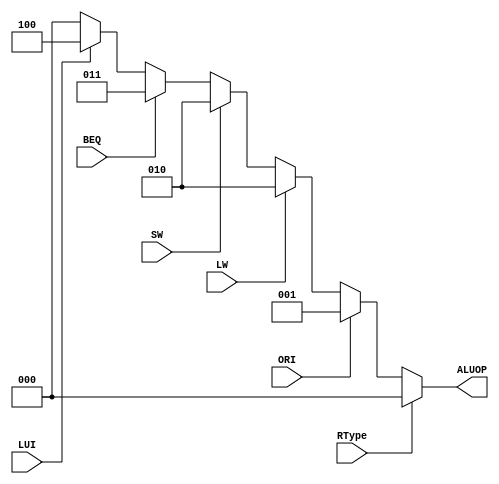
`timescale 1ns / 1ps
module ALUOPDecoder (
    input RType, ORI, LW, SW, BEQ, LUI,
    output [2:0] ALUOP
);
    reg [2:0] ALUOPReg;
    assign ALUOP = ALUOPReg;
    always @(*) begin
        if (RType) begin
            ALUOPReg = 3'b000;
        end else if (ORI) begin
            ALUOPReg = 3'b001;
        end else if (LW) begin
            ALUOPReg = 3'b010;
        end else if (SW) begin
            ALUOPReg = 3'b010;
        end else if (BEQ) begin
            ALUOPReg = 3'b011;
        end else if (LUI) begin
            ALUOPReg = 3'b100;
        end else begin
            ALUOPReg = 3'b000;
        end
    end
endmodule



module RegDataSrcDecoder (
    input LW, JAL,
    output [2:0] RegDataSrc
);
    reg [2:0] RegDataSrcReg;
    assign RegDataSrc = RegDataSrcReg;
    always @(*) begin
        if (LW) begin
            RegDataSrcReg = 3'b001;
        end else if (JAL) begin
            RegDataSrcReg = 3'b010;
        end else begin
            RegDataSrcReg = 3'b000;
        end
    end
endmodule



module PCSrcDecoder (
    input Zero, BEQ, JAL, JR, JAS,
    output [2:0] PCSrc
);
    reg [2:0] PCSrcReg;
    assign PCSrc = PCSrcReg;
    always @(*) begin
        if (Zero && BEQ) begin
            PCSrcReg = 3'b001;
        end else if (JAL || JAS) begin
            PCSrcReg = 3'b010;
        end else if (JR) begin
            PCSrcReg = 3'b011;
        end else begin
            PCSrcReg = 3'b000;
        end
    end
endmodule



module RegDstDecoder (
    input RType, JAL,
    output [2:0] RegDst
);
    reg [2:0] RegDstReg;
    assign RegDst = RegDstReg;
    always @(*) begin
        if (RType) begin
            RegDstReg = 3'b001;
        end else if (JAL) begin
            RegDstReg = 3'b010;
        end else begin
            RegDstReg = 3'b000;
        end
    end
endmodule